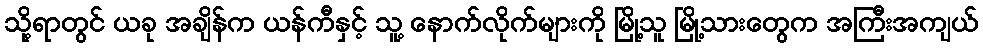
သို့ရာတွင် ယခု အချိန်က ယန်ကီနှင့် သူ့ နောက်လိုက်များကို မြို့သူ မြို့သားတွေက အကြီးအကျယ်